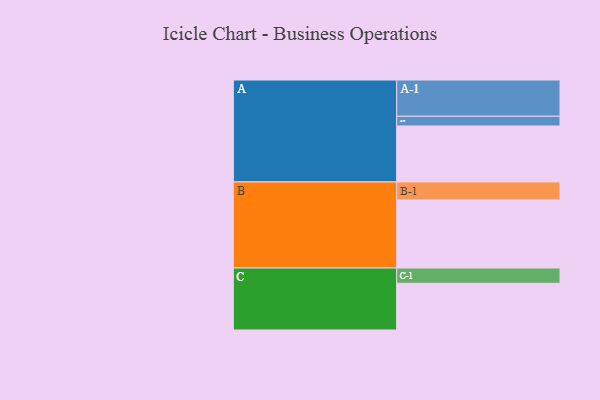
{"axis": {"x": "Segment", "y": "Value"}, "legend": ["", "A", "B", "C"], "data": [{"x": "A", "y": 392, "type": ""}, {"x": "B", "y": 477, "type": ""}, {"x": "C", "y": 327, "type": ""}, {"x": "A-1", "y": 254, "type": "A"}, {"x": "A-2", "y": 68, "type": "A"}, {"x": "B-1", "y": 126, "type": "B"}, {"x": "C-1", "y": 107, "type": "C"}]}